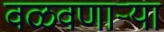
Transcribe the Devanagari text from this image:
वळवणाऱ्या